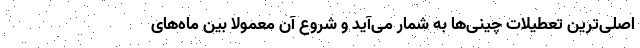
اصلی‌ترین تعطیلات چینی‌ها به شمار می‌آید و شروع آن معمولا بین ماه‌های